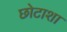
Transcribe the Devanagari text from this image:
छोटाशा